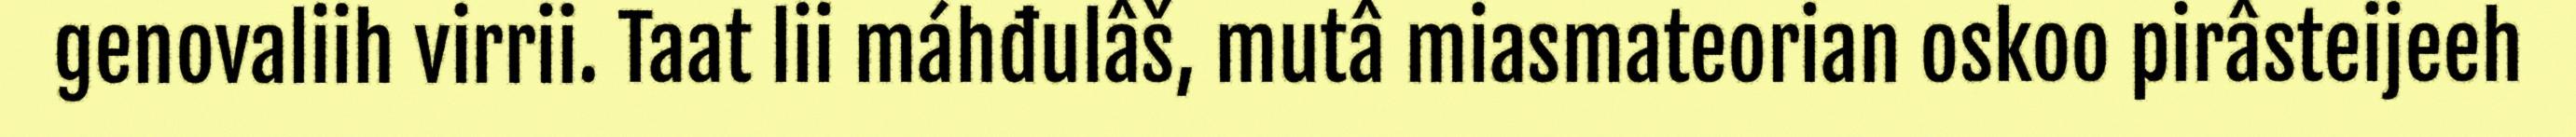
genovaliih virrii. Taat lii máhđulâš, mutâ miasmateorian oskoo pirâsteijeeh